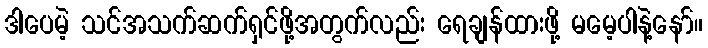
ဒါပေမဲ့ သင်အသက်ဆက်ရှင်ဖို့အတွက်လည်း ရေချန်ထားဖို့ မမေ့ပါနဲ့နော်။